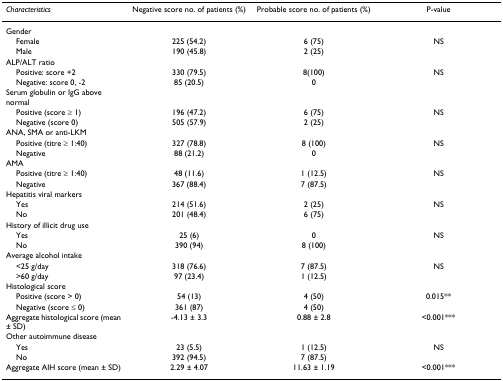
| Characteristics | Negative score no. of patients (%) | Probable score no. of patients (%) | P-value |
 | --- | --- | --- | --- |
 | Gender |  |  |  |
 | Female | 225 (54.2) | 6 (75) | NS |
 | Male | 190 (45.8) | 2 (25) |  |
 | ALP/ALT ratio |  |  |  |
 | Positive: score +2 | 330 (79.5) | 8(100) | NS |
 | Negative: score 0, -2 | 85 (20.5) | 0 |  |
 | Serum globulin or IgG above normal |  |  |  |
 | Positive (score ≥ 1) | 196 (47.2) | 6 (75) | NS |
 | Negative (score 0) | 505 (57.9) | 2 (25) |  |
 | ANA, SMA or anti-LKM |  |  |  |
 | Positive (titre ≥ 1:40) | 327 (78.8) | 8 (100) | NS |
 | Negative | 88 (21.2) | 0 |  |
 | AMA |  |  |  |
 | Positive (titre ≥ 1:40) | 48 (11.6) | 1 (12.5) | NS |
 | Negative | 367 (88.4) | 7 (87.5) |  |
 | Hepatitis viral markers |  |  |  |
 | Yes | 214 (51.6) | 2 (25) | NS |
 | No | 201 (48.4) | 6 (75) |  |
 | History of illicit drug use |  |  |  |
 | Yes | 25 (6) | 0 | NS |
 | No | 390 (94) | 8 (100) |  |
 | Average alcohol intake |  |  |  |
 | <25 g/day | 318 (76.6) | 7 (87.5) | NS |
 | >60 g/day | 97 (23.4) | 1 (12.5) |  |
 | Histological score |  |  |  |
 | Positive (score > 0) | 54 (13) | 4 (50) | 0.015** |
 | Negative (score ≤ 0) | 361 (87) | 4 (50) |  |
 | Aggregate histological score (mean ± SD) | -4.13 ± 3.3 | 0.88 ± 2.8 | <0.001*** |
 | Other autoimmune disease |  |  |  |
 | Yes | 23 (5.5) | 1 (12.5) | NS |
 | No | 392 (94.5) | 7 (87.5) |  |
 | Aggregate AIH score (mean ± SD) | 2.29 ± 4.07 | 11.63 ± 1.19 | <0.001*** |